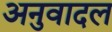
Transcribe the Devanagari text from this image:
अनुवादल